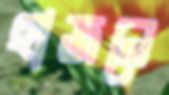
হাজলে